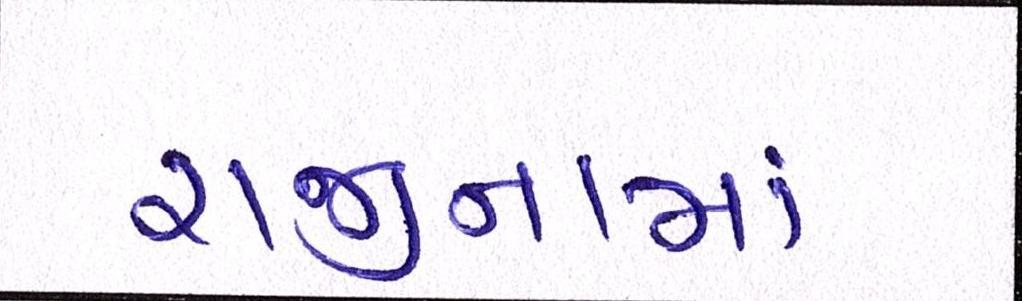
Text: રાજીનામા